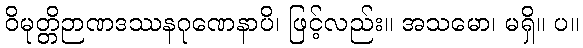
ဝိမုတ္တိဉာဏဒဿနဂုဏေနာပိ၊ ဖြင့်လည်း။ အသမော၊ မရှိ။ ပ။